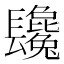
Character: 𨳂